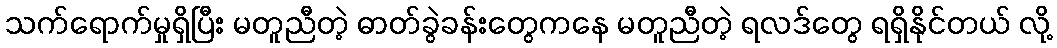
သက်ရောက်မှုရှိပြီး မတူညီတဲ့ ဓာတ်ခွဲခန်းတွေကနေ မတူညီတဲ့ ရလဒ်တွေ ရရှိနိုင်တယ် လို့